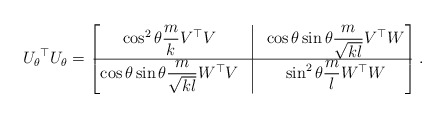
\begin{align*} {U_\theta}^\top U_\theta = \begin{bmatrix}\cos^2 \theta \dfrac{m}{k} V^\top V & \vline & \cos \theta \sin \theta \dfrac{m}{\sqrt{k l}} V^\top W\\\hline \cos \theta \sin \theta \dfrac{m}{\sqrt{k l}} W^\top V & \vline & \sin ^2 \theta \dfrac{m}{l} W^\top W\end{bmatrix}.\end{align*}